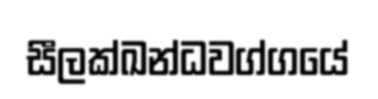
සීලක්ඛන්ධවග්ගයේ